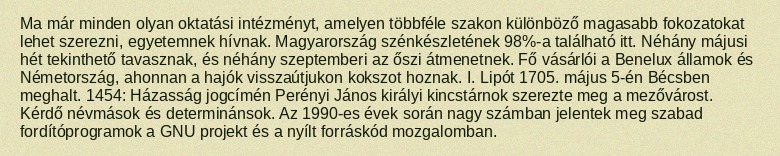
Ma már minden olyan oktatási intézményt, amelyen többféle szakon különböző magasabb fokozatokat lehet szerezni, egyetemnek hívnak. Magyarország szénkészletének 98%-a található itt. Néhány májusi hét tekinthető tavasznak, és néhány szeptemberi az őszi átmenetnek. Fő vásárlói a Benelux államok és Németország, ahonnan a hajók visszaútjukon kokszot hoznak. I. Lipót 1705. május 5-én Bécsben meghalt. 1454: Házasság jogcímén Perényi János királyi kincstárnok szerezte meg a mezővárost. Kérdő névmások és determinánsok. Az 1990-es évek során nagy számban jelentek meg szabad fordítóprogramok a GNU projekt és a nyílt forráskód mozgalomban.